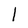
Character: l